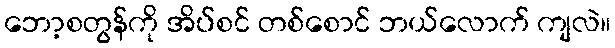
ဘော့စတွန်ကို အိပ်စင် တစ်စောင် ဘယ်လောက် ကျလဲ။